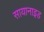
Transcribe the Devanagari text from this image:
सायानाइड